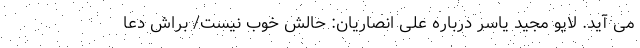
می آید. لایو مجید یاسر درباره علی انصاریان: حالش خوب نیست/ براش دعا